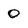
Character: 0